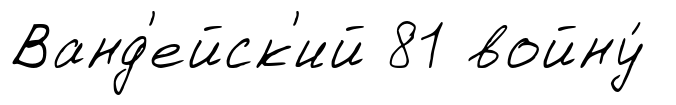
Ванд'ейск'ий 81 войну́